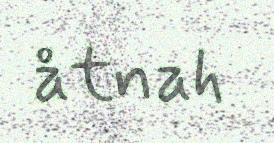
åtnah